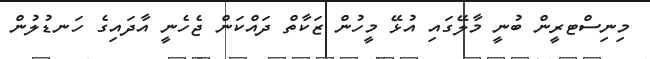
މިނިސްޓރީން ބުނީ މާލޭގައި އުޅޭ މީހުން ޒަކާތް ދައްކަން ޖެހެނީ އާދައިގެ ހަނޑުލުން